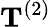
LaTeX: \mathbf{T}^{(2)}